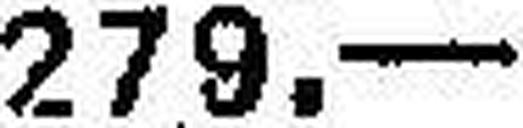
279.—